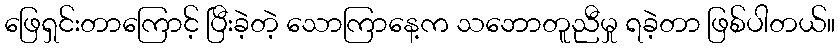
ဖြေရှင်းတာကြောင့် ပြီးခဲ့တဲ့ သောကြာနေ့က သဘောတူညီမှု ရခဲ့တာ ဖြစ်ပါတယ်။